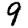
Digit: 9